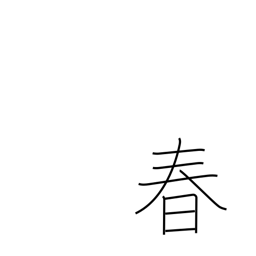
Meaning: springtime